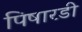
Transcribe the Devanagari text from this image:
पिषारडी